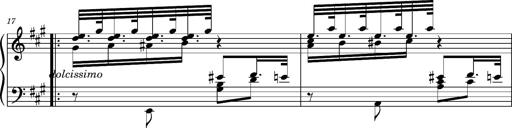
Title: Ungarischer Romanzero
Composer: Franz Liszt